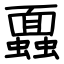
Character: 蠠